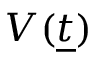
V ( { \underline { { t } } } )